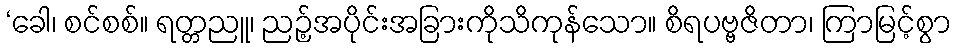
‘ခေါ၊ စင်စစ်။ ရတ္တညူ၊ ညဉ့်အပိုင်းအခြားကိုသိကုန်သော။ စိရပဗ္ဗဇိတာ၊ ကြာမြင့်စွာ